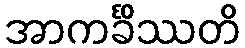
အာကင်္ခိဿတိ